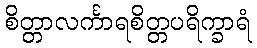
စိတ္တာလင်္ကာရစိတ္တပရိက္ခာရံ